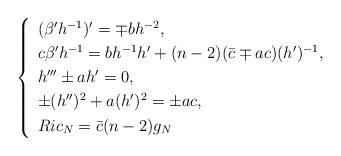
LaTeX: \begin{align*}\left\{ \begin{array}[pos]{lll}(\beta'h^{-1})'=\mp bh^{-2},\\\noalign{\smallskip}c\beta'h^{-1}=bh^{-1}h'+(n-2)(\bar{c}\mp ac)(h')^{-1},\\\noalign{\smallskip}h'''\pm ah'=0,\\\noalign{\smallskip}\pm(h'')^{2}+a(h')^{2}=\pm ac,\\\noalign{\smallskip}Ric_{N}=\bar{c}(n-2)g_{N}\end{array}\right.\end{align*}